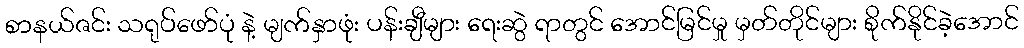
စာနယ်ဇင်း သရုပ်ဖော်ပုံ နဲ့ မျက်နှာဖုံး ပန်းချီများ ရေးဆွဲ ရာတွင် အောင်မြင်မှု မှတ်တိုင်များ စိုက်နိုင်ခဲ့အောင်